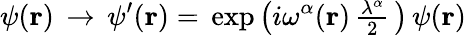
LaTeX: {\psi}({\mathbf{r}})\, \rightarrow\, \psi^{\prime}({\mathbf{r}})=\, \exp\left(i\omega^{\alpha}({\mathbf{r}})\, {\textstyle\frac{\lambda^{\alpha}}{2}}\, \right)\, \psi({\mathbf{r}})\;